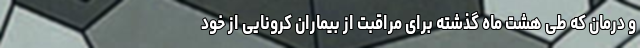
و درمان که طی هشت ماه گذشته برای مراقبت از بیماران کرونایی از خود